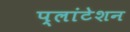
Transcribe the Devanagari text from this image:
प्लांटेशन